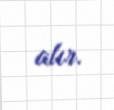
alır.